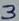
Text: 3